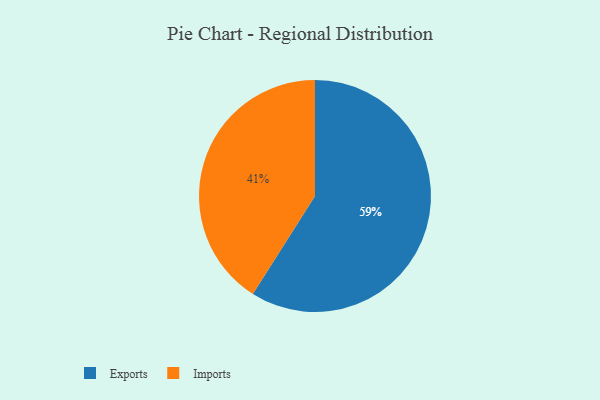
{"axis": {"x": "Category", "y": "Percentage"}, "legend": ["Exports", "Imports"], "data": [{"x": "Exports", "y": 59, "type": "Exports"}, {"x": "Imports", "y": 41, "type": "Imports"}]}